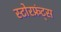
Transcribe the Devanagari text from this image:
स्टोरफ्रंट्स